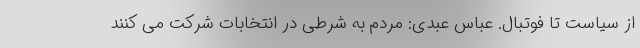
از سیاست تا فوتبال. عباس عبدی: مردم به شرطی در انتخابات شرکت می کنند